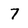
Character: 7